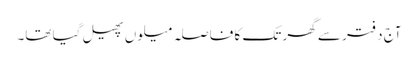
آج دفتر سے گھر تک کا فاصلہ میلوں پھیل گیا تھا۔